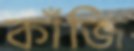
কাঁজি